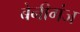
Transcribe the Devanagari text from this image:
बेनीगंज